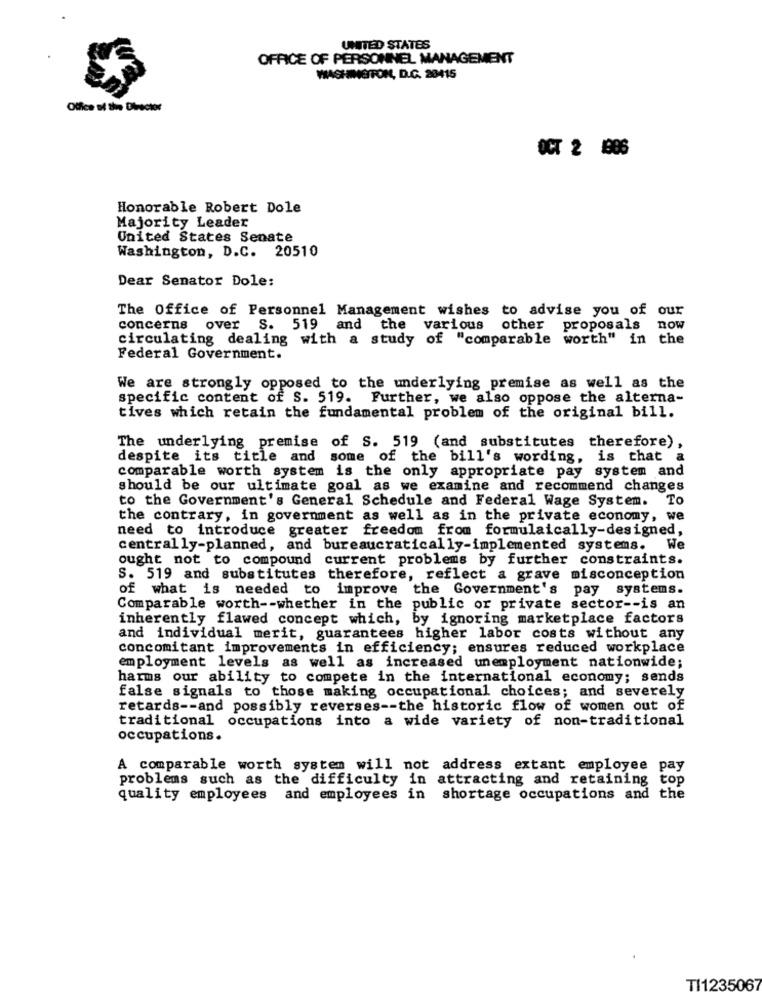
UNITED STATES
OFFICE OF PERSONNEL MANAGEMENT
WASHINGTON, D.C. 28415
Office of the Director
OCT 2 1906
Honorable Robert Dole
Majority Leader
United States Senate
Washington, D.C. 20510
Dear Senator Dole:
The Office of Personnel Management wishes to advise you of our
concerns over S. 519 and the various other proposals now
circulating dealing with a study of "comparable worth" in the
Federal Government.
We are strongly opposed to the underlying premise as well as the
specific content of S. 519. Further, we also oppose the alterna-
tives which retain the fundamental problem of the original bill.
The underlying premise of S. 519 (and substitutes therefore),
despite its title and some of the bill's wording, is that a
comparable worth system is the only appropriate pay system and
should be our ultimate goal as we examine and recommend changes
to the Government's General Schedule and Federal Wage System. To
the contrary, in government as well as in the private economy, we
need to introduce greater freedom from formulaically-designed,
centrally-planned, and bureaucratically-implemented systems. We
ought not to compound current problems by further constraints.
S. 519 and substitutes therefore, reflect a grave misconception
of what is needed to improve the Government's pay systems.
Comparable worth -- whether in the public or private sector -- is an
inherently flawed concept which, by ignoring marketplace factors
and individual merit, guarantees higher labor costs without any
concomitant improvements in efficiency; ensures reduced workplace
employment levels as well as increased unemployment nationwide;
harms our ability to compete in the international economy; sends
false signals to those making occupational choices; and severely
retards -- and possibly reverses -- the historic flow of women out of
traditional occupations into a wide variety of non-traditional
occupations.
A comparable worth system will not address extant employee pay
problems such as the difficulty in attracting and retaining top
quality employees and employees in shortage occupations and the
TI1235067